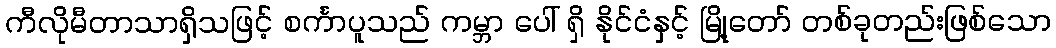
ကီလိုမီတာသာရှိသဖြင့် စင်္ကာပူသည် ကမ္ဘာ ပေါ် ရှိ နိုင်ငံနှင့် မြို့တော် တစ်ခုတည်းဖြစ်သော